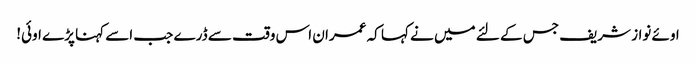
اوئے نواز شریف جس کے لئے میں نے کہا کہ عمران اس وقت سے ڈرے جب اسے کہنا پڑے اوئی!